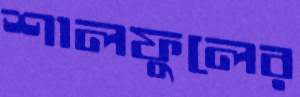
শালফুলের